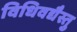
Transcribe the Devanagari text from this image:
विधिवद्यैस्तु